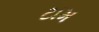
ટામ